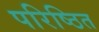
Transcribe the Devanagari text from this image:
परिष्ठित